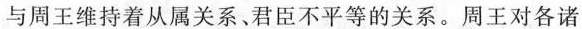
与周王维持着从属关系、君臣不平等的关系。周王对各诸